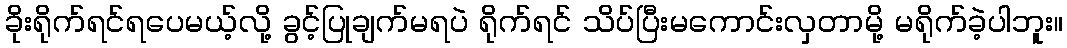
ခိုးရိုက်ရင်ရပေမယ့်လို့ ခွင့်ပြုချက်မရပဲ ရိုက်ရင် သိပ်ပြီးမကောင်းလှတာမို့ မရိုက်ခဲ့ပါဘူး။